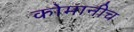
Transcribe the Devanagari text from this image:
कोमानीच